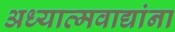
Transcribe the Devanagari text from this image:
अध्यात्मवाद्यांना